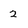
Character: 2